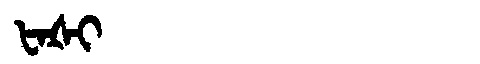
Manchu: ᡶᠠᡧᡳ
Romanization: FAŠI